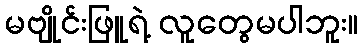
မဗျိုင်းဖြူရဲ့ လူတွေမပါဘူး။